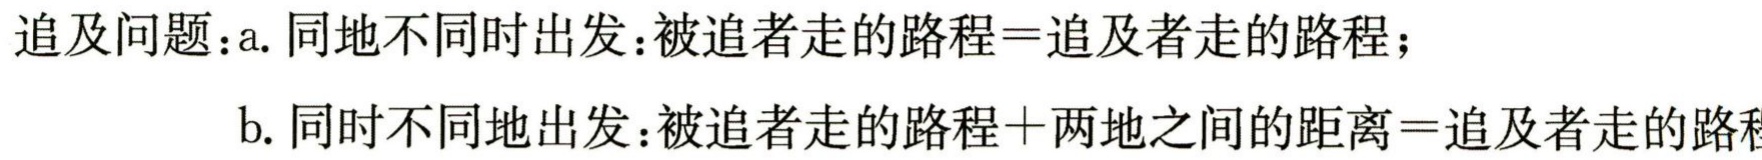
追及问题：a. 同地不同时出发：被追者走的路程=追及者走的路程；

b. 同时不同地出发：被追者走的路程+两地之间的距离=追及者走的路程